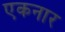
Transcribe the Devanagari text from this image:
एकनार